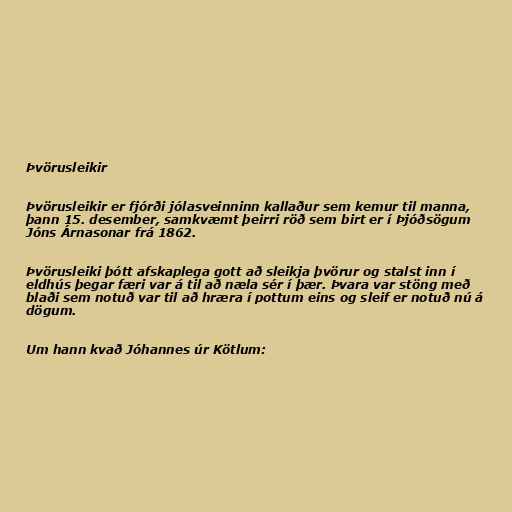
Þvörusleikir

Þvörusleikir er fjórði jólasveinninn kallaður sem kemur til manna,
þann 15. desember, samkvæmt þeirri röð sem birt er í Þjóðsögum
Jóns Árnasonar frá 1862.

Þvörusleiki þótt afskaplega gott að sleikja þvörur og stalst inn í
eldhús þegar færi var á til að næla sér í þær. Þvara var stöng með
blaði sem notuð var til að hræra í pottum eins og sleif er notuð nú á
dögum.

Um hann kvað Jóhannes úr Kötlum: